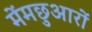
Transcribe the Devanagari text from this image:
मेंमछुआरों